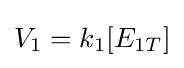
V_{1}=k_{1}[E_{1T}]